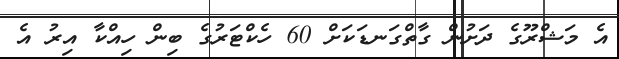
އެ މަޝްރޫގެ ދަށުން ގާތްގަނޑަކަށް 60 ހެކްޓަރުގެ ބިން ހިއްކާ އިރު އެ